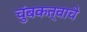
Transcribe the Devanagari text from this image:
चुंबकत्वाचे